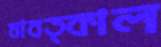
যাবত্কাল